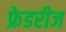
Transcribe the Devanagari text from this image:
फ्रेडरीज